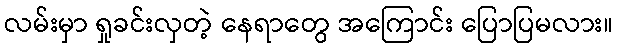
လမ်းမှာ ရှုခင်းလှတဲ့ နေရာတွေ အကြောင်း ပြောပြမလား။